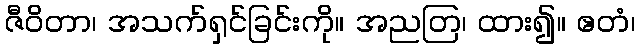
ဇီဝိတာ၊ အသက်ရှင်ခြင်းကို။ အညတြ၊ ထား၍။ ဧတံ၊